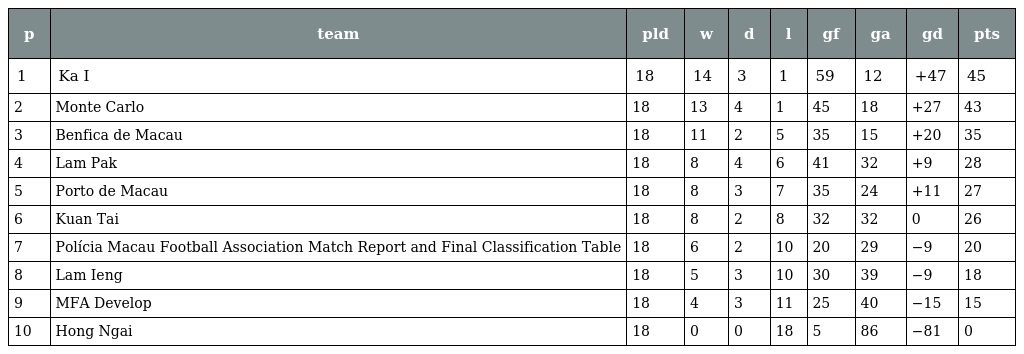
| p | team | pld | w | d | l | gf | ga | gd | pts |
 | --- | --- | --- | --- | --- | --- | --- | --- | --- | --- |
 | 1 | Ka I | 18 | 14 | 3 | 1 | 59 | 12 | +47 | 45 |
 | 2 | Monte Carlo | 18 | 13 | 4 | 1 | 45 | 18 | +27 | 43 |
 | 3 | Benfica de Macau | 18 | 11 | 2 | 5 | 35 | 15 | +20 | 35 |
 | 4 | Lam Pak | 18 | 8 | 4 | 6 | 41 | 32 | +9 | 28 |
 | 5 | Porto de Macau | 18 | 8 | 3 | 7 | 35 | 24 | +11 | 27 |
 | 6 | Kuan Tai | 18 | 8 | 2 | 8 | 32 | 32 | 0 | 26 |
 | 7 | Polícia Macau Football Association Match Report and Final Classification Table | 18 | 6 | 2 | 10 | 20 | 29 | −9 | 20 |
 | 8 | Lam Ieng | 18 | 5 | 3 | 10 | 30 | 39 | −9 | 18 |
 | 9 | MFA Develop | 18 | 4 | 3 | 11 | 25 | 40 | −15 | 15 |
 | 10 | Hong Ngai | 18 | 0 | 0 | 18 | 5 | 86 | −81 | 0 |